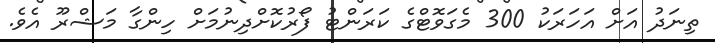
ތިނަދު އަށް އަހަރަކު 300 މެގަވޮޓްގެ ކަރަންޓު ފޯރުކޮށްދިނުމަށް ހިންގާ މަޝްރޫ އެވެ.